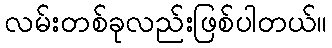
လမ်းတစ်ခုလည်းဖြစ်ပါတယ်။